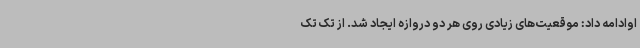
اوادامه داد: موقعیت‌های زیادی روی هر دو دروازه ایجاد شد. از تک تک